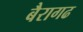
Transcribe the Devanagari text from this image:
बैरागढ